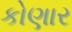
કોણાર